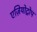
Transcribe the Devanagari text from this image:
एज़ियोट्रोप